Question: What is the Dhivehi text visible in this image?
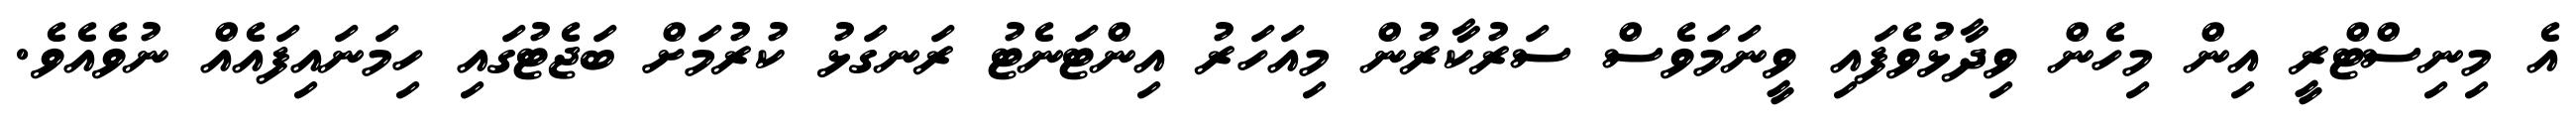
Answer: އެ މިނިސްޓްރީ އިން މިހެން ވިދާޅުވެފައި ވީނަމަވެސް ސަރުކާރުން މިއަހަރު އިންޓަނެޓު ރަނގަޅު ކުރުމަށް ބަޖެޓުގައި ހިމަނައިފައެއް ނުވެއެވެ.